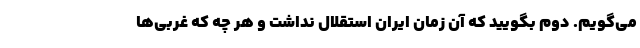
می‌گویم. دوم بگویید که آن زمان ایران استقلال نداشت و هر چه که غربی‌ها